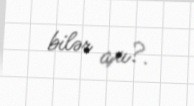
bilər axı?.